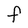
Character: F